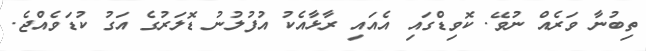
ތިބުނާ ވަރެއް ނުވޭ. ކޮވިޑްގައި އެއައި ރާޅާއެކު އުފުލުނު ޑޮލަރުގެ އަގު ކުޑަވެއްޖެ.